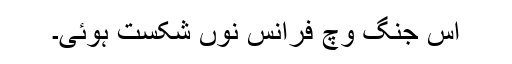
اس جنگ وچ فرانس نوں شکست ہوئی۔